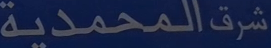
شرقالمحمدية